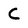
Character: C